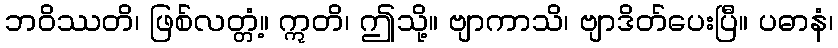
ဘဝိဿတိ၊ ဖြစ်လတ္တံ့။ ဣတိ၊ ဤသို့။ ဗျာကာသိ၊ ဗျာဒိတ်ပေးပြီ။ ပဓာနံ၊